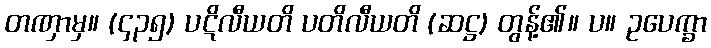
တဏှာမှ။ (၄၃၅) ပဋိလီယတိ ပတိလီယတိ (ဆဋ္ဌ) တွန့်၏။ ပ။ ဥပေက္ခာ